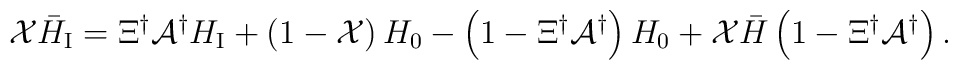
{\cal X}{\bar H}_{\mbox{\scriptsize I}}=\Xi^{\dagger}{\cal A}^{\dagger}H_{\mbox{\scriptsize I}}+\left(1-{\cal X}\right)H_0-\left(1-\Xi^{\dagger}{\cal A}^{\dagger}\right)H_{0}+{\cal X}{\bar H}\left(1-\Xi^{\dagger}{\cal A}^{\dagger}\right).